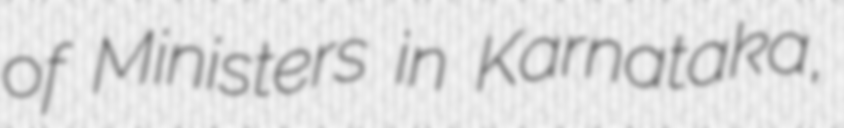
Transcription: of Ministers in Karnataka,